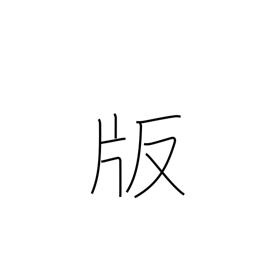
Meaning: impression